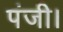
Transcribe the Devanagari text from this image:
पंजी।